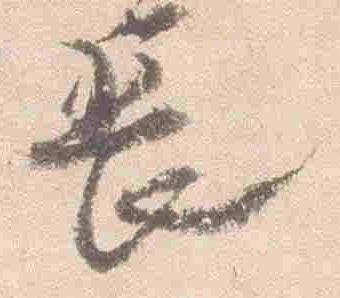
長